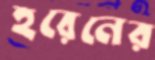
হরেনের